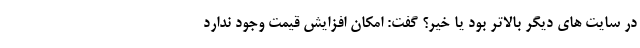
در سایت ‌های دیگر بالاتر بود یا خیر؟ گفت: امکان افزایش قیمت وجود ندارد